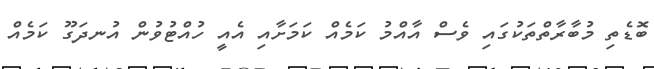
ބޮޑެތި މުބާރާތްތަކުގައި ވެސް އާއްމު ކަމެއް ކަމަށާއި އެއީ ހުއްޓުވުން އުނދަގޫ ކަމެއް